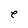
Character: e